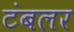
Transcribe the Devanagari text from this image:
टंबलर